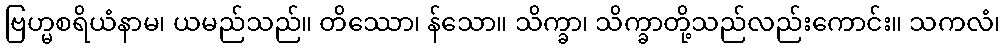
ဗြဟ္မစရိယံနာမ၊ ယမည်သည်။ တိဿော၊ န်သော။ သိက္ခာ၊ သိက္ခာတို့သည်လည်းကောင်း။ သကလံ၊